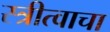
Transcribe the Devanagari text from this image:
स्त्रीत्वाचा